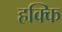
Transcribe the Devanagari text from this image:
हक्कि